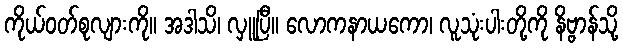
ကိုယ်ဝတ်စုလျားကို။ အဒါသိ၊ လှူပြီ။ လောကနာယကော၊ လူသုံးပါးတို့ကို နိဗ္ဗာန်သို့